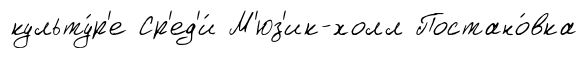
культу́р'е Ср'ед'и́ М'юз'ик-холл Постано́вка